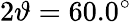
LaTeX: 2\vartheta=60.0^{\circ}